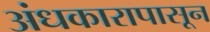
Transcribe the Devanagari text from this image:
अंधकारापासून